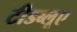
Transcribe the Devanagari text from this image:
टीडब्लूए